King Institute of Preventive Medicine Micro-Biological Section reports 1909-11
Year: 1909
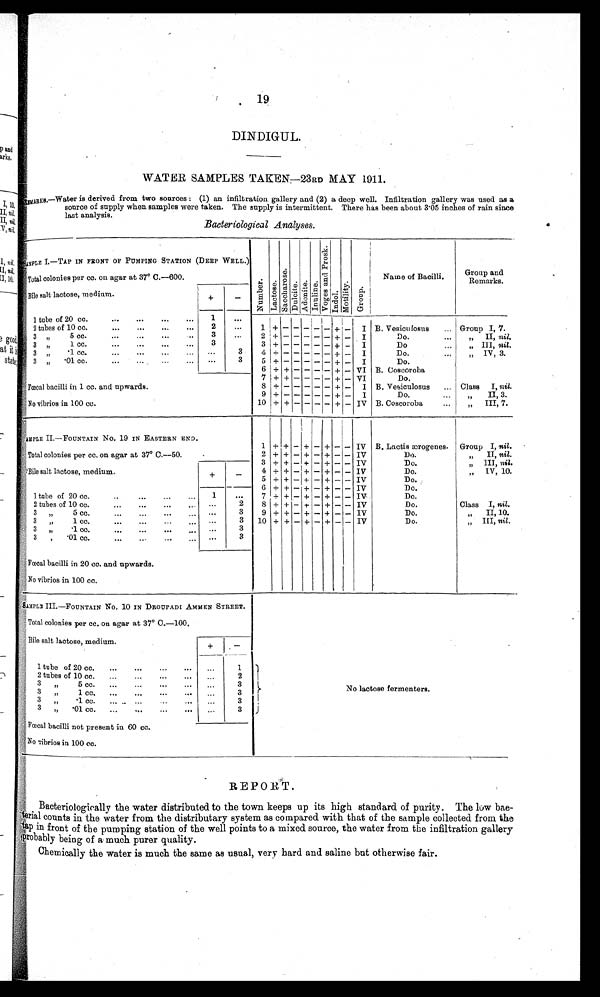
19
DINDIGUL.
WATER SAMPLES TAKEN—23 RD MAY 1911.
R E M A R K S — W a t e r i s d e r i v e d f r o m t w o s o u r c e s : ( 1 ) a n i n f i l t r a t i o n g a l l e r y a n d ( 2 ) a d e e p w e l l . I n f i l t r a t i o n g a l l e r y w a s u s e d a s a
source of supply when samples were taken. The supply is intermittent. There has been about 3.05 inches of rain since
last analysis.
Bacteriological Analyses.
S A M P L E I . — T A P I N F R O N T O F P U M P I N G S T A T I O N ( D E E P W E L L . )
N u m b e r .
L a c t o s e .
S a c c h a r o s e . D u l c i t e . Ad o n i t e .
I n u l i n e .
V o g e s a n d P r o s k . I n d o l . M o t i l i t y .
G r o u p .
Name of Bacilli.
Group and
Remarks.
Total colonies per cc. on agar at 37° C.—600.
Bile salt lactose, medium.
+
–
1 tube of 20 cc.
. . .
. . .
. . .
. . . 1 ... 1 + - - - - - + - I B. Vesiculosus ... Group I, 7.
2 tubes of 10 cc.
... . . .
. . .
. . . 2 ...
3 „ 5 cc.
. . .
. . .
3
. . . 2 + - - - - - + - I
Do.
... „ II, nil.
3 „ 1 cc....
. . .
. . .
. . . 3
3 + - - - - - + - I
Do
... „ III, nil.
3 „
. 1
c c .
. . .
. . .
. . .
. . . . . .
3 4 + - - - - - + - I
Do.
... „ IV, 3.
3 „
. 0 1 c c .
. . .
. . .
. . .
. . . . . .
3 5 + - - - - - + - I
Do.
6 + + - - - - + - VI B. Coscoroba
Fœcal bacilli in 1 cc. and upwards.
7 + + - - - - + - VI
Do.
8 + - - - - - + - I B. Vesiculosus . . . Class I, nil.
9 + - - - - - + - I
Do.
... „ II, 3.
No vibrios in 100 cc.
10 + + - - - - + - IV B. Coscoroba
... „ III, 7.
SAMPLE II—FOUNTAIN No. 19 IN EASTERN END.
1 + + - + - + - - IV B. Lactis ærogenes. Group I, nil.
Total colonies per cc. on agar at 37° C.—50.
...
. . .
2 + + - + - + - - IV
Do.
„ II, nil.
3 + + - + - + - - IV
Do.
„ III, nil.
Bile salt lactose, medium.
+
- 4 + + - + - + - - IV
Do.
„ IV, 10.
5 + + - + - + - - IV
Do..
6 + + - + - + - - IV
Do.
1 tube of 20 cc.
... ... ... 1
. . . 7 + + - + - + - - IV
Do.
2 tubes of 10 cc.
...
. . .
. . .
. .
. . . 2 8 + + - + - + - - IV
Do.
Class I, nil.
3 „ 5 cc.
... ...
. . .
. . .
. . . 3 9 + + - + - + - - IV
Do.
, ,
I I , 1 0 .
3 „ 1 cc.
. . .
. . .
. . .
. . .
. . .
3 10 + + - + - + - - IV
Do.
„ III, nil.
3 „
. 1 c c .
. . .
. . .
. . .
. . . .
. . . 3
3 ,
. 0 1
c c .
. . .
. . .
. . .
. . .
. . . 3
Fœcal bacilli in 20 cc. and upwards.
No vibrios in 100 cc.
S A M P L E I I I . — F O U N T A I N N o . 1 0 I N D R O U P A D I A M M E N S T R E E T .
No lactose fermenters
Total colonies per cc. on agar at 37° 0.—100,
Bile salt lactose, medium.
+
-
1 tube of 20 cc. ...
. . .
. . .
. . . . . .
1
2 tubes of 10 cc.
... ... ... ...
2
3 „ 5 cc. ... ... ... ... ...
3
3 „ 1 c c . . . . 3
3 . , , . 1 c c . . . 3
3 „
. 0 1 c c .
. . .
- . . .
. . . ...
3
Fœcal bacilli not present in 60 cc.
No vibrios in 100 cc.
REPORT.
Bacteriologically the water distributed to the town keeps up its high standard of purity. The low bae-
t e r i a l c o u n t s i n t h e w a t e r f r o m t h e d i s t r i b u t a r y s y s t e m a s c o m p a r e d w i t h t h a t o f t h e s a m p l e c o l l e c t e d f r o m t h e
t a p i n f r o n t o f t h e p u m p i n g s t a t i o n o f t h e w e l l p o i n t s t o a m i x e d s o u r c e , t h e w a t e r f r o m t h e i n f i l t r a t i o n g a l l e r y
p r o b a b l y b e i n g o f a m u c h p u r e r q u a l i t y .
Chemically the water is much the same as usual, very hard and saline but otherwise fair.